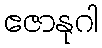
ဧဇာနုဂါ